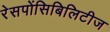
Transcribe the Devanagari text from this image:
रेसपोंसिबिलिटीज